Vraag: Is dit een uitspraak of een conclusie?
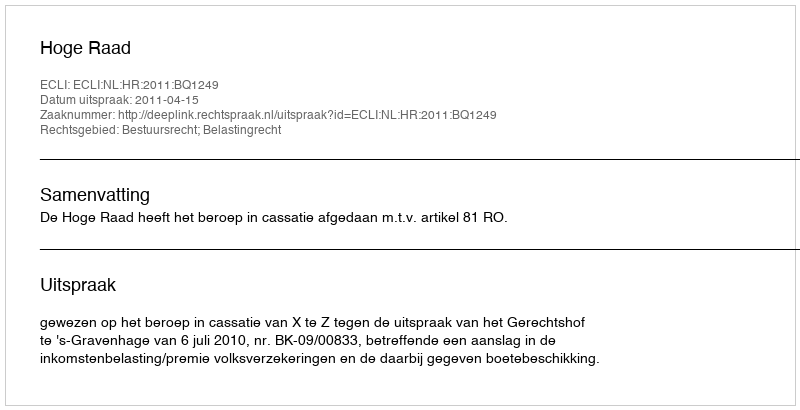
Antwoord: Uitspraak